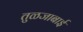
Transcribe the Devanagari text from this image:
तुळजाबाई